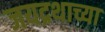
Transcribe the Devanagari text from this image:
जयद्रथाच्या